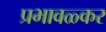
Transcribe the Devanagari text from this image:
प्रभावळ्कर